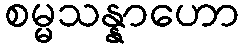
စမ္မသန္နာဟော